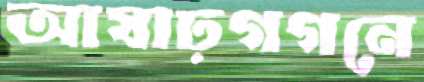
আষাঢ়গগনে